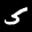
Label: 5